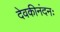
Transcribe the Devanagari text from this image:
देवकीनंदनः